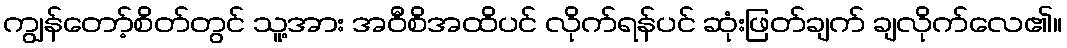
ကျွန်တော့်စိတ်တွင် သူ့အား အဝီစိအထိပင် လိုက်ရန်ပင် ဆုံးဖြတ်ချက် ချလိုက်လေ၏။